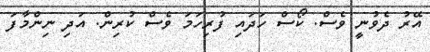
އޭރު ދެވުނީ ވެސް. ކޯސް ހަދައި ފުރިހަމަ ވެސް ކުރިން. އަދި ނިންމާފަ